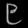
Digit: ၉